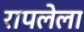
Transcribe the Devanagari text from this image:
रापलेला